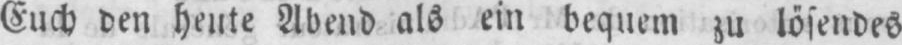
Euch den heute Abend als ein bequem zu lösendes